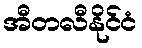
အီတလီနိုင်ငံ